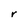
Character: r